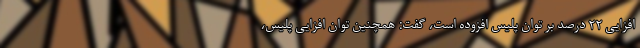
افزایی ۲۲ درصد بر توان پلیس افزوده است، گفت: همچنین توان افزایی پلیس،